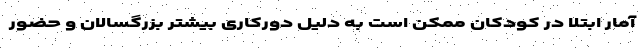
آمار ابتلا در کودکان ممکن است به دلیل دورکاری بیشتر بزرگسالان و حضور